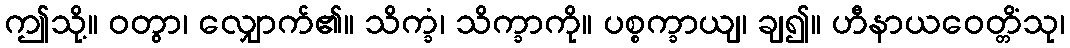
ဤသို့။ ဝတွာ၊ လျှောက်၏။ သိက္ခံ၊ သိက္ခာကို။ ပစ္စက္ခာယျ၊ ချ၍။ ဟီနာယဝေတ္တိံသု၊